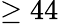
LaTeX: \ge 44